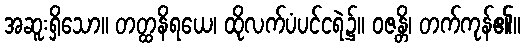
အဆူးရှိသော။ တတ္ထနိရယေ၊ ထိုလက်ပံပင်ငရဲ၌။ ဝဇန္တိ၊ တက်ကုန်၏။